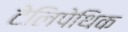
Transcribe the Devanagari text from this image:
टेलिपेथिक